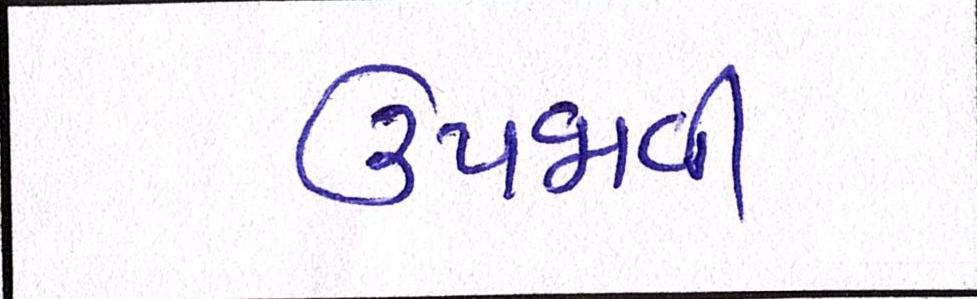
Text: ઉપજાવી